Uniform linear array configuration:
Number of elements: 32
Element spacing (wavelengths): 1
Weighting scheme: hamming
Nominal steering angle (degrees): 30
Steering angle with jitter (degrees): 28.648
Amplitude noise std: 0.05
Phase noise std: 0.05

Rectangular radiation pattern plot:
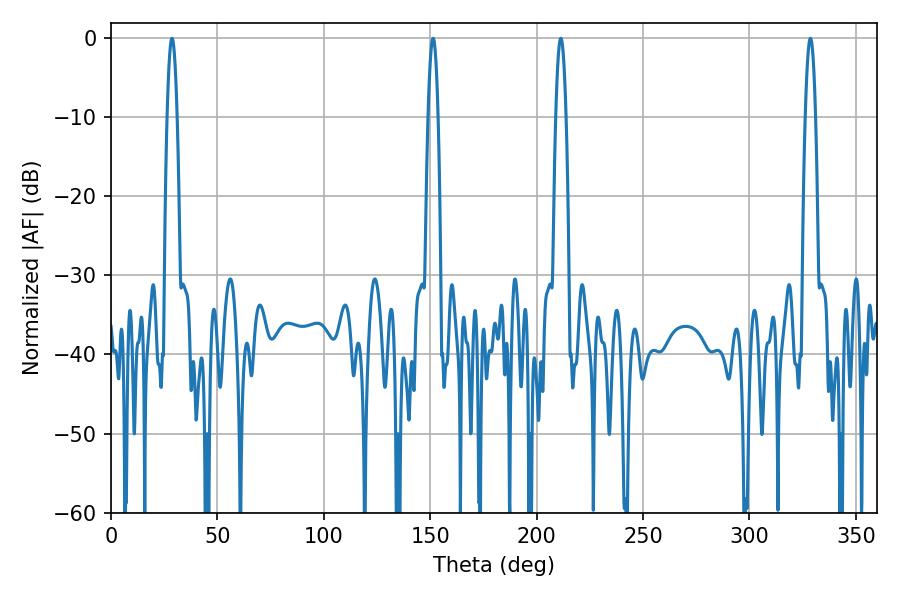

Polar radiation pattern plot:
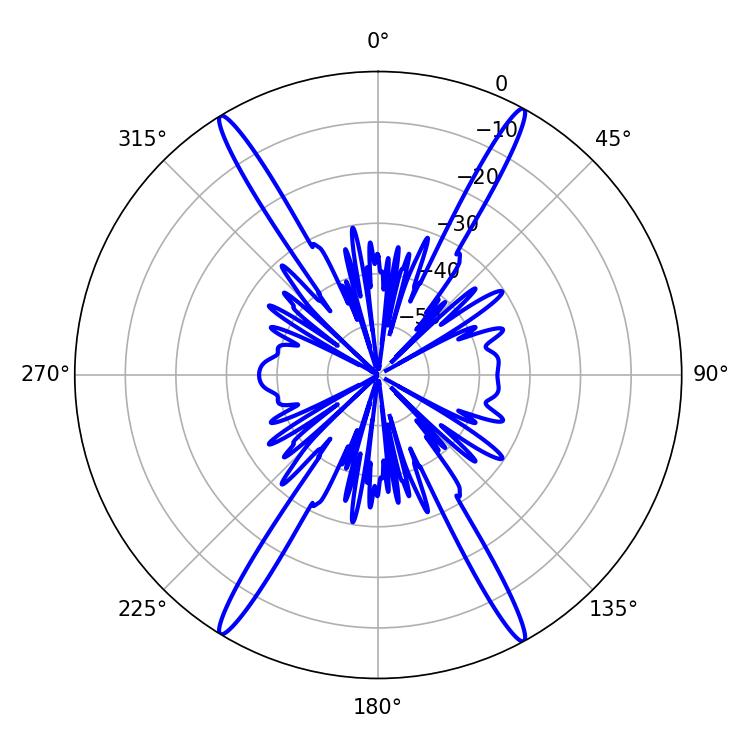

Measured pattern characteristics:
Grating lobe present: TRUE
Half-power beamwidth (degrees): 2.52
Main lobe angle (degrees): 211.32